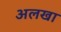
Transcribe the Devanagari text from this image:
अलखा